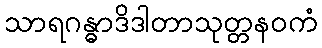
သာရဂန္ဓာဒိဒါတာသုတ္တနဝကံ